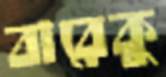
বারেকু